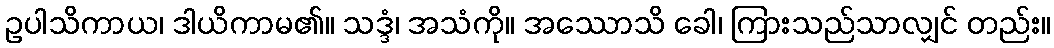
ဥပါသိကာယ၊ ဒါယိကာမ၏။ သဒ္ဒံ၊ အသံကို။ အဿောသိ ခေါ၊ ကြားသည်သာလျှင် တည်း။